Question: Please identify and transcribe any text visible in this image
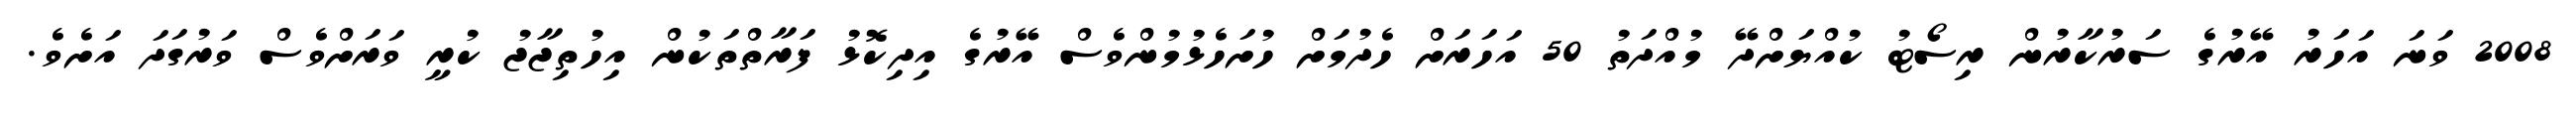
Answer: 2008 ވަނަ އަހަރު އޭރުގެ ސަރުކާރުން ރިސޯޓު ކުއްޔަށްދޭ މުއްދަތު 50 އަހަރަށް ހެދުމަށް ހުށަހެޅުމުންވެސް އޭރުގެ އިދިކޮޅު ފަރާތްތަކުން އިހުތިޖާޖު ކުރީ ވަރަށްވެސް ވަރުގަދަ އަށެވެ.